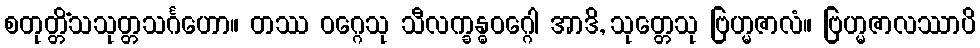
စတုတ္တိံသသုတ္တသင်္ဂဟော။ တဿ ဝဂ္ဂေသု သီလက္ခန္ဓဝဂ္ဂေါ အာဒိ, သုတ္တေသု ဗြဟ္မဇာလံ။ ဗြဟ္မဇာလဿာပိ